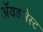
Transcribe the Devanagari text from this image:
ॲयडजेस्ट